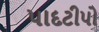
પાદટીપો